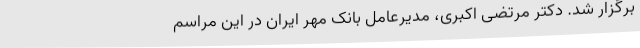
برگزار شد. دکتر مرتضی اکبری، مدیرعامل بانک مهر ایران در این مراسم